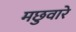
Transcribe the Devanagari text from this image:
मछुवारे